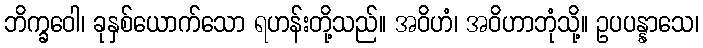
ဘိက္ခဝေါ၊ ခုနှစ်ယောက်သော ရဟန်းတို့သည်။ အဝိဟံ၊ အဝိဟာဘုံသို့။ ဥပပန္နာသေ၊